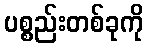
ပစ္စည်းတစ်ခုကို